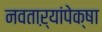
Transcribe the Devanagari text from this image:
नवताऱ्यांपेक्षा